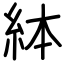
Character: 絊